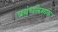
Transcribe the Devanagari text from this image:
प्रबंधलेखक